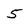
Character: 5